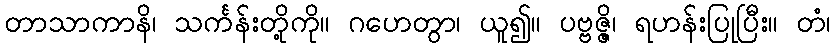
တာသာကာနိ၊ သင်္ကန်းတို့ကို။ ဂဟေတွာ၊ ယူ၍။ ပဗ္ဗဇ္ဇိ၊ ရဟန်းပြုပြီး။ တံ၊